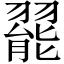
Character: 𬚆